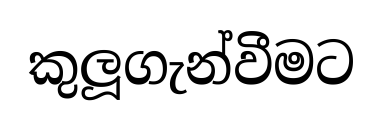
කුලූගැන්වීමට